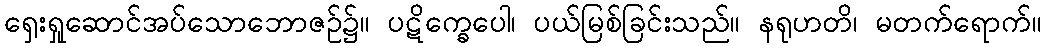
ရှေးရှုဆောင်အပ်သောဘောဇဉ်၌။ ပဋိက္ခေပေါ၊ ပယ်မြစ်ခြင်းသည်။ နရုဟတိ၊ မတက်ရောက်။